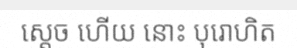
ស្តេច ហើយ នោះ បុរោហិត